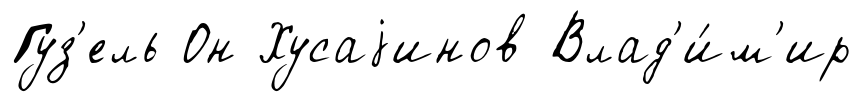
Гуз'ель Он Хусаjинов Влад'и́м'ир